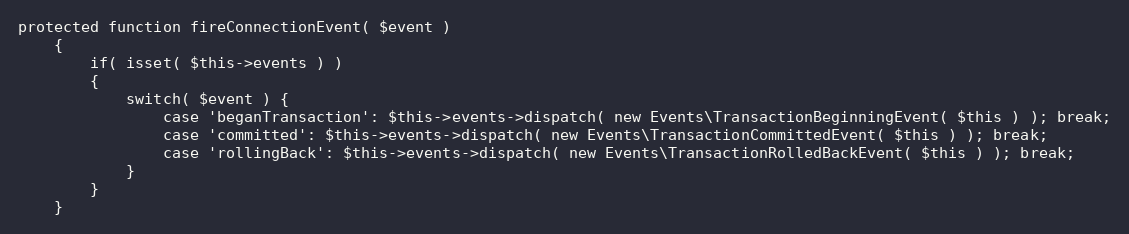
Language: PHP
protected function fireConnectionEvent( $event )
	{
		if( isset( $this->events ) )
		{
			switch( $event ) {
				case 'beganTransaction': $this->events->dispatch( new Events\TransactionBeginningEvent( $this ) ); break;
				case 'committed': $this->events->dispatch( new Events\TransactionCommittedEvent( $this ) ); break;
				case 'rollingBack': $this->events->dispatch( new Events\TransactionRolledBackEvent( $this ) ); break;
			}
		}
	}